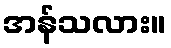
အန်သလား။